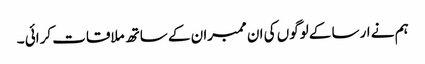
ہم نے ارسا کے لوگوں کی ان ممبران کے ساتھ ملاقات کرائی ۔